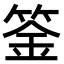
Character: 𥯀